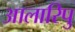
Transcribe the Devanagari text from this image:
आलारिपु